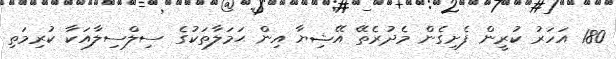
180 އަހަރު ކުރީން ފެށިގެން މެދުރެތޭ އޭޝިޔާ އިން ޙަމަލާތަކުގެ ސިލްސިލާއަކާ ކުރިމަތި